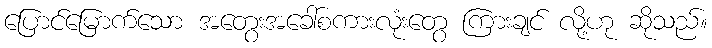
ပြောင်မြောက်သော အတွေးအခေါ်စကားလုံးတွေ ကြားချင် လို့ဟု ဆိုသည်။